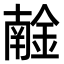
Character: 𨩧